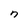
Character: n